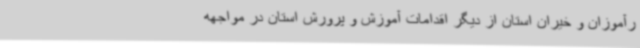
رآموزان و خیران استان از دیگر اقدامات آموزش و پرورش استان در مواجهه